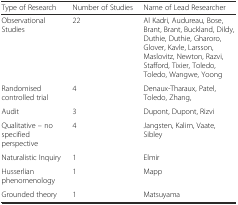
<table><thead><tr><td><b>Type of Research</b></td><td><b>Number of Studies</b></td><td><b>Name of Lead Researcher</b></td></tr></thead><tbody><tr><td>Observational Studies</td><td>22</td><td>Al Kadri, Audureau, Bose, Brant, Brant, Buckland, Dildy, Duthie, Duthie, Gharoro, Glover, Kavle, Larsson, Maslovitz, Newton, Razvi, Stafford, Tixier, Toledo, Toledo, Wangwe, Yoong</td></tr><tr><td>Randomised controlled trial</td><td>4</td><td>Denaux-Tharaux, Patel, Toledo, Zhang,</td></tr><tr><td>Audit</td><td>3</td><td>Dupont, Dupont, Rizvi</td></tr><tr><td>Qualitative – no specified perspective</td><td>4</td><td>Jangsten, Kalim, Vaate, Sibley</td></tr><tr><td>Naturalistic Inquiry</td><td>1</td><td>Elmir</td></tr><tr><td>Husserlian phenomenology</td><td>1</td><td>Mapp</td></tr><tr><td>Grounded theory</td><td>1</td><td>Matsuyama</td></tr></tbody></table>